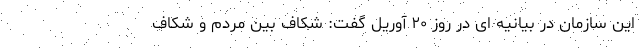
این سازمان در بیانیه ای در روز ۲۰ آوریل گفت: شکاف بین مردم و شکاف